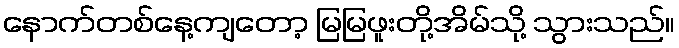
နောက်တစ်နေ့ကျတော့ မြမြဖူးတို့အိမ်သို့ သွားသည်။